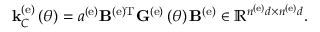
{ \bf k } _ { C } ^ { \left( \mathrm { e } \right) } \left( \theta \right) = a ^ { \left( \mathrm { e } \right) } { \bf B } ^ { \left( \mathrm { e } \right) \mathrm { T } } { \bf G } ^ { \left( \mathrm { e } \right) } \left( \theta \right) { \bf B } ^ { \left( \mathrm { e } \right) } \in \mathbb { R } ^ { n ^ { \left( \mathrm { e } \right) } d \times n ^ { \left( \mathrm { e } \right) } d } .